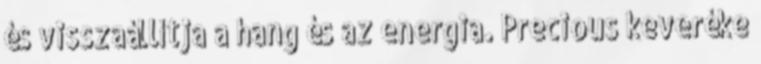
és visszaállítja a hang és az energia. Precious keveréke